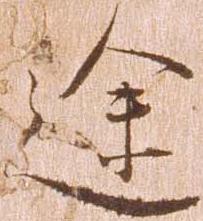
途